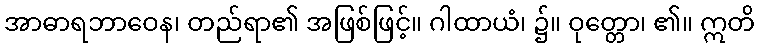
အာဓာရဘာဝေန၊ တည်ရာ၏ အဖြစ်ဖြင့်။ ဂါထာယံ၊ ၌။ ဝုတ္တော၊ ၏။ ဣတိ